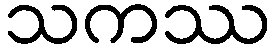
သကဿ